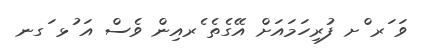
ވަ ަރ ްށ ފުރިހަމައަށް އޭގެތެ ެރއިން ވެސް އަ ުޅ ަގނ